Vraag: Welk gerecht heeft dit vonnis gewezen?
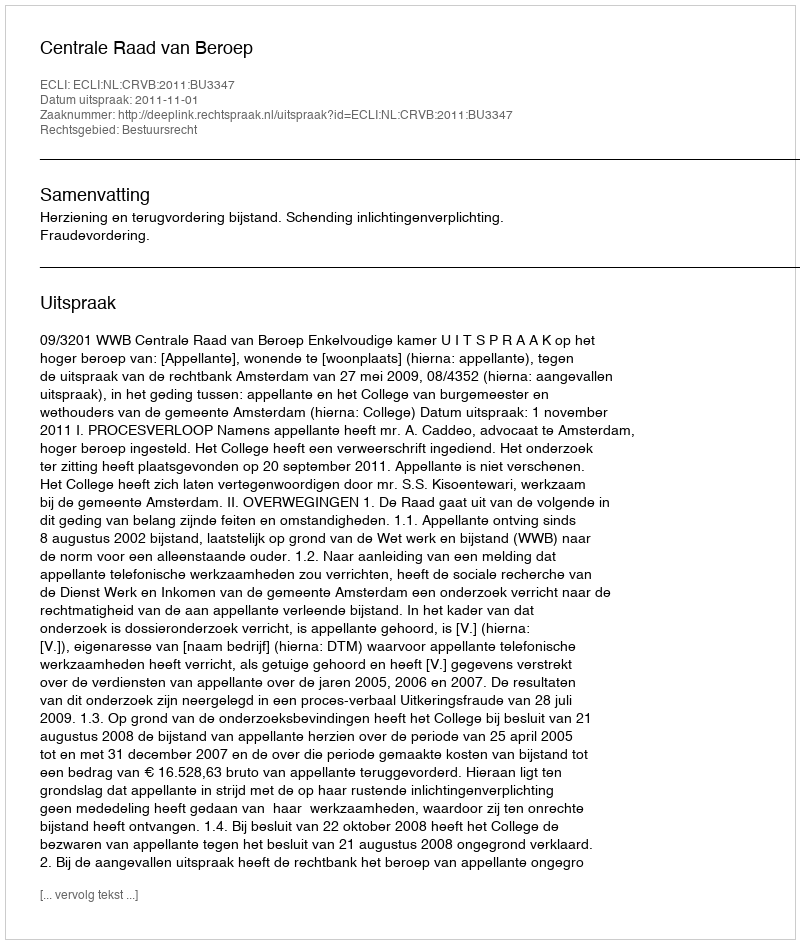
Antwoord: Centrale Raad van Beroep